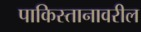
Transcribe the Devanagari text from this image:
पाकिस्तानावरील